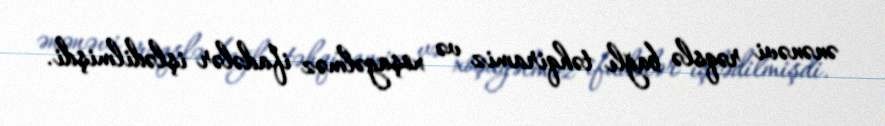
ənənəvi rəqslə bağlı təhqiramiz və xoşagəlməz ifadələr işlədilmişdi.